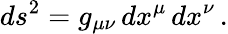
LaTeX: ds^{2}=g_{\mu\nu}\, dx^{\mu}\, dx^{\nu}\, .